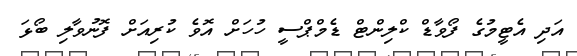
އަދި އެޓީމުގެ ފޯވާޑް ކްލިންޓް ޑެމްޕްސީ ހުހަށް އޮވެ ކުރިއަށް ފޮނުވާލި ބޯޅަ